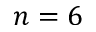
n = 6